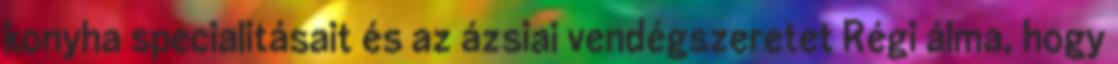
konyha specialitásait és az ázsiai vendégszeretet Régi álma, hogy